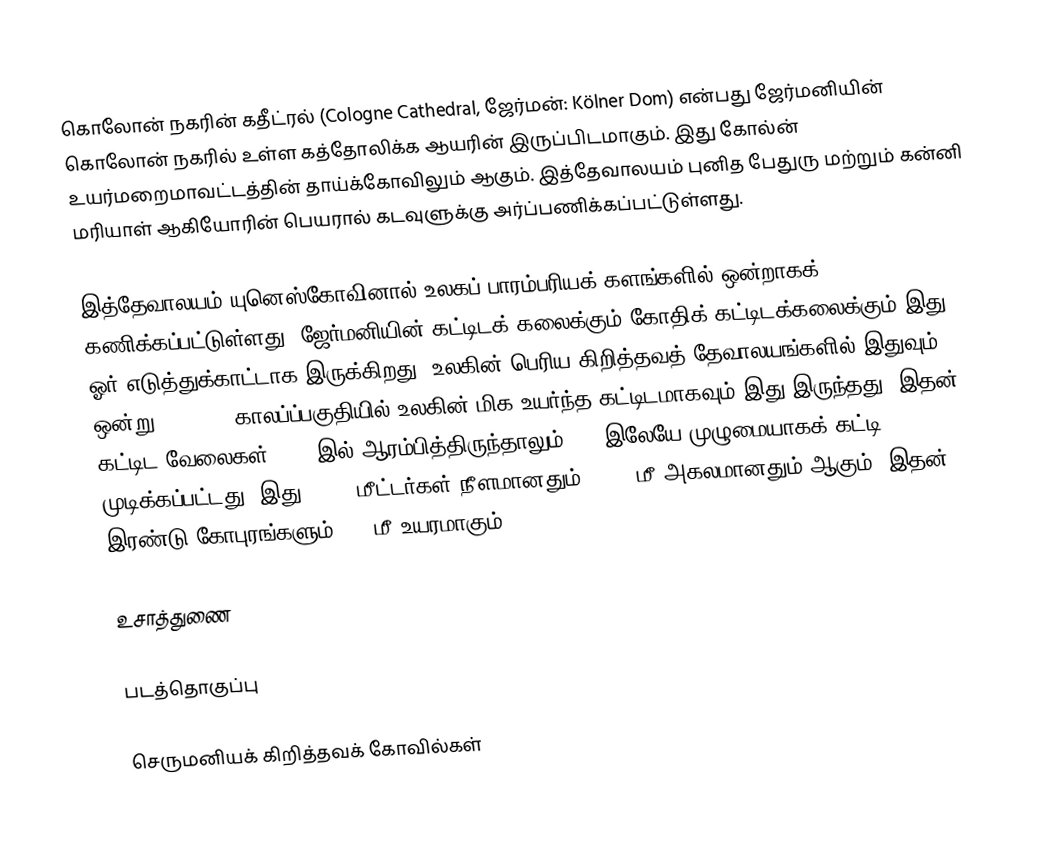
கொலோன் நகரின் கதீட்ரல் (Cologne Cathedral, ஜேர்மன்: Kölner Dom) என்பது ஜேர்மனியின் கொலோன் நகரில் உள்ள கத்தோலிக்க ஆயரின் இருப்பிடமாகும். இது கோல்ன் உயர்மறைமாவட்டத்தின் தாய்க்கோவிலும் ஆகும். இத்தேவாலயம் புனித பேதுரு மற்றும் கன்னி மரியாள் ஆகியோரின் பெயரால் கடவுளுக்கு அர்ப்பணிக்கப்பட்டுள்ளது.

இத்தேவாலயம் யுனெஸ்கோவினால் உலகப் பாரம்பரியக் களங்களில் ஒன்றாகக் கணிக்கப்பட்டுள்ளது. ஜேர்மனியின் கட்டிடக் கலைக்கும் கோதிக் கட்டிடக்கலைக்கும் இது ஓர் எடுத்துக்காட்டாக இருக்கிறது. உலகின் பெரிய கிறித்தவத் தேவாலயங்களில் இதுவும் ஒன்று. 1880-84 காலப்ப்பகுதியில் உலகின் மிக உயர்ந்த கட்டிடமாகவும் இது இருந்தது. இதன் கட்டிட வேலைகள் 1248 இல் ஆரம்பித்திருந்தாலும் 1880இலேயே முழுமையாகக் கட்டி முடிக்கப்பட்டது. இது 144.5 மீட்டர்கள் நீளமானதும், 86.5 மீ அகலமானதும் ஆகும். இதன் இரண்டு கோபுரங்களும் 157 மீ உயரமாகும்.

உசாத்துணை

படத்தொகுப்பு

செருமனியக் கிறித்தவக் கோவில்கள்